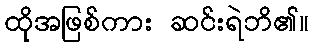
ထိုအဖြစ်ကား ဆင်းရဲဘိ၏။